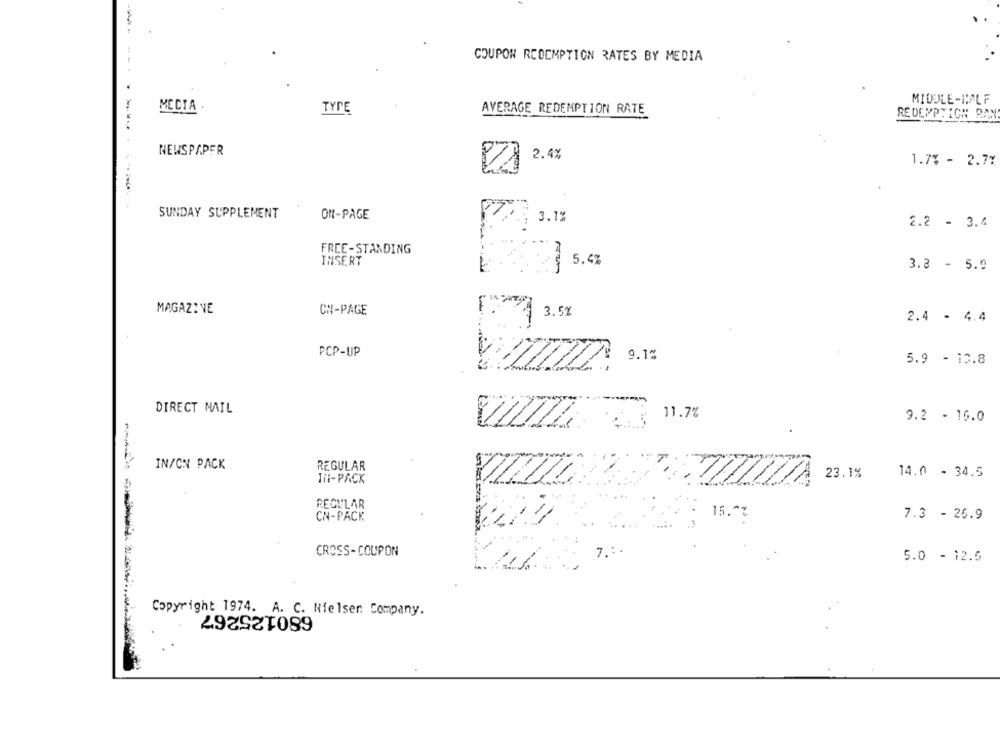
COUPON REDEMPTION RATES BY MEDIA
MIDDLE-WOLF
MECIA .
TYPE
AVERAGE REDEMPTION RATE
REDEMPTION RAN
NEWSPAPER
2.4%
1.7% - 2.7%
SUNDAY SUPPLEMENT
ON-PAGE
3.1%
2.2 - 3.4
FREE-STANDING
INSERT
5.5%
3.8 - 5.9
MAGAZINE
ON-PAGE
1. 3.5%
2.4 - 4.4
PCP-UP
9.1%
5.9 - 13.8
DIRECT MAIL
11.7%
9.2 - 16.0
IN/ON PACK
REGULAR
Til-PACK
23.1%
14.0 - 34.5
ZIA
REGULAR
CN-PACK
7.3 - 26.9
CROSS-COUPON
7 .:
5.0 - 12.5
680125267
Copyright 1974. A. C. Nielsen: Company.